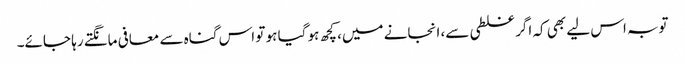
توبہ اس لیے بھی کہ اگر غلطی سے، انجانے میں، کچھ ہو گیا ہو تو اس گناہ سے معافی مانگتے رہا جائے۔